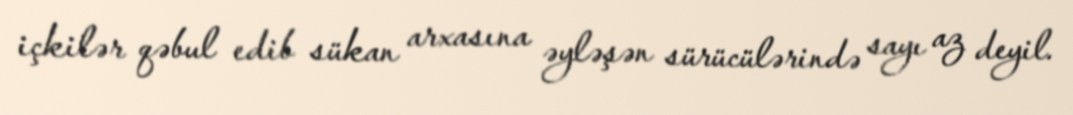
içkilər qəbul edib sükan arxasına əyləşən sürücülərində sayı az deyil.